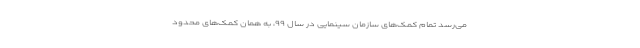
می‌رسد تمام کمک‌های سازمان سینمایی در سال ۹۹، به همان کمک‌های محدود